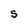
Character: S